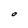
Character: O